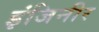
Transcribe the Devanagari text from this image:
इंजिनीर